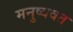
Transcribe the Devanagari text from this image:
मनुष्यवत